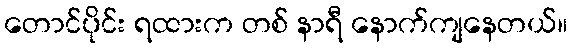
တောင်ပိုင်း ရထားက တစ် နာရီ နောက်ကျနေတယ်။